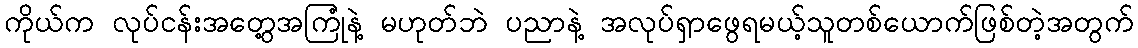
ကိုယ်က လုပ်ငန်းအတွေ့အကြုံနဲ့ မဟုတ်ဘဲ ပညာနဲ့ အလုပ်ရှာဖွေရမယ့်သူတစ်ယောက်ဖြစ်တဲ့အတွက်